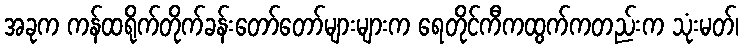
အခုက ကန်ထရိုက်တိုက်ခန်းတော်တော်များများက ရေတိုင်ကီကထွက်ကတည်းက သုံးမတ်၊